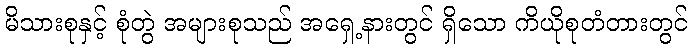
မိသားစုနှင့် စုံတွဲ အများစုသည် အရှေ့နားတွင် ရှိသော ကိယိုစုတံတားတွင်